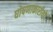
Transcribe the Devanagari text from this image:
घोषणाकारीयों